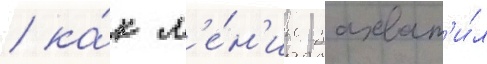
/ ка́к л'е́н'ин захват'и́л